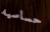
حساسيه